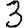
Digit: 3